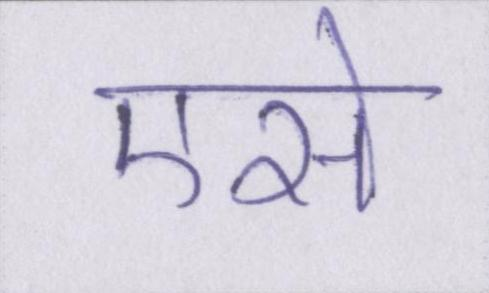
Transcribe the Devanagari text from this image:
एसे